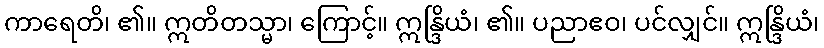
ကာရေတိ၊ ၏။ ဣတိတသ္မာ၊ ကြောင့်။ ဣန္ဒြိယံ၊ ၏။ ပညာဧဝ၊ ပင်လျှင်။ ဣန္ဒြိယံ၊